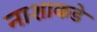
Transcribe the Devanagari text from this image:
नाशाकडे